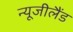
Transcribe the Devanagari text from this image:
न्‍यूजीलैंड